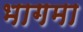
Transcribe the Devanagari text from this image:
भागमा